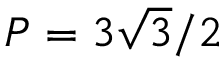
P = 3 \sqrt { 3 } / 2